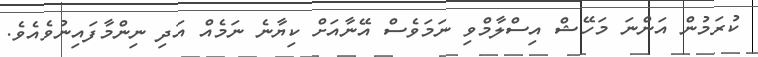
ކުރަމުން އަންނަ މަހޭޝް އިސްލާމްވި ނަމަވެސް އޭނާއަށް ކިޔާނެ ނަމެއް އަދި ނިންމާފައިނުވެއެވެ.